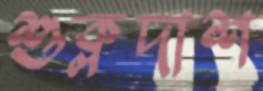
শুক্লদাশ